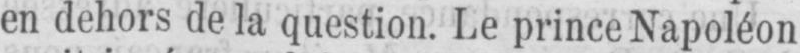
en dehors de la question. Le prince Napoléon